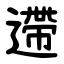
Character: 遰